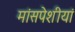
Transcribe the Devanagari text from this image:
मांसपेशीयां